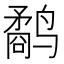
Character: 鹬